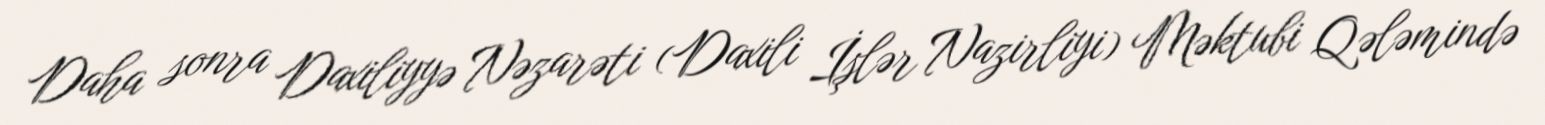
Daha sonra Daxiliyyə Nəzarəti (Daxili İşlər Nazirliyi) Məktubi Qələmində